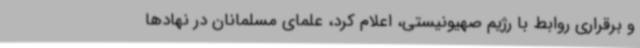
و برقراری روابط با رژیم صهیونیستی، اعلام کرد، علمای مسلمانان در نهادها